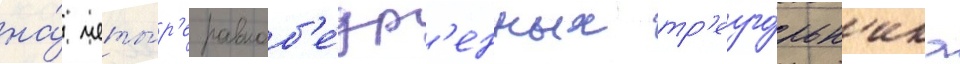
на́ четы́р'е равноб'е́др'енных тр'еуго́льн'ика